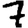
Digit: 7